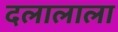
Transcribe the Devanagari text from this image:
दलालाला